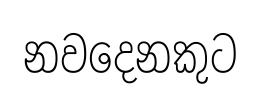
නවදෙනකුට